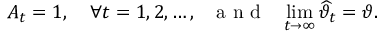
A _ { t } = 1 , \quad \forall t = 1 , 2 , \ldots , \: \: \: \mathrm { ~ a ~ n ~ d ~ } \: \: \: \operatorname* { l i m } _ { t \to \infty } \widehat { \vartheta } _ { t } = \vartheta .